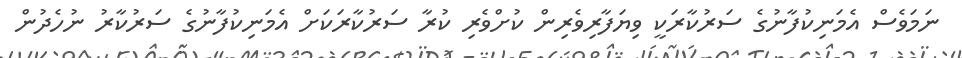
ނަމަވެސް އެމަނިކުފާނުގެ ސަރުކާރަކީ ވިޔަފާރިވެރިން ކުށްވެރި ކުރާ ސަރުކާރަކަށް އެމަނިކުފާނުގެ ސަރުކާރު ނުހެދުން